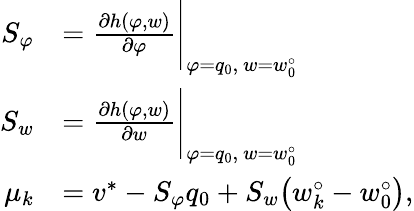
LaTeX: \begin{array}{rl}{S_{\varphi}}&{=\frac{\partial h(\varphi,w)}{\partial\varphi}\Bigg|_{\varphi=q_{0},~w=w_{0}^{\circ}}}\\ {S_{w}}&{=\frac{\partial h(\varphi,w)}{\partial w}\Bigg|_{\varphi=q_{0},~w=w_{0}^{\circ}}}\\ {\mu_{k}}&{=v^{*}-S_{\varphi}q_{0}+S_{w}\big(w_{k}^{\circ}-w_{0}^{\circ}\big),}\end{array}